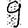
Digit: 9